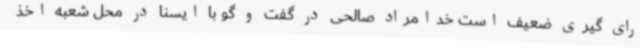
رای گیری ضعیف است خدامراد صالحی در گفت و گو با ایسنا در محل شعبه اخذ